Vaccination North-Western Provinces and Oudh 1896-1901 - 1896-1901
Year: 1896
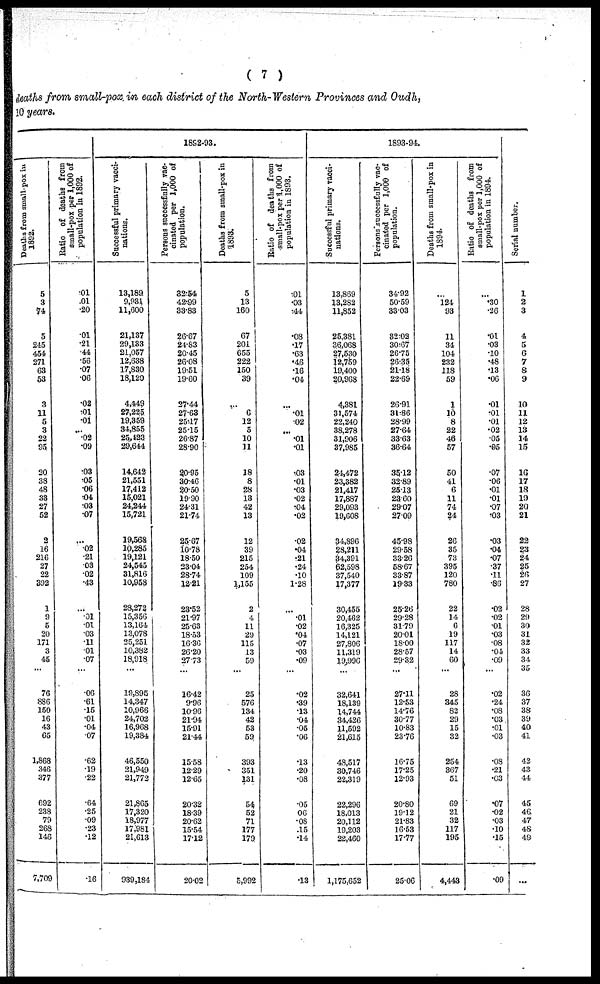
( 7 )
deaths from small-pox in each district of the North-Western Provinces and Oudh,
10 years.
1892-93.
Deaths from small-pox in
1892.
5
3
74
5
245
454
271
63
53
3
11
5
3
22
95
20
38
48
33
27
52
2
16
216
27
22
392
1
9
5
20
171
3
45
...
76
886
150
16
43
65
1,868
346
377
692
238
79
268
146
7,709
Ratio of deaths from
small-pox per 1,000 of
population in 1892.
.01
.01
.20
.01
.21
.44
.56
.07
.06
.02
.01
.01
...
.02
.09
.03
.05
.06
.04
.03
.07
...
.02
.21
.03
.02
.43
...
.01
.01
.03
.11
.01
.07
...
.06
.61
.15
.01
.04
.07
.62
.19
.22
.64
.25
.09
.23
.12
.16
Successful primary vacci-
nations.
13,189
9,931
11,600
21,137
29,133
21,057
12,638
17,830.
18,120
4,449
27,225
19,359
34,855
25, 423
29,644
14,642
21,551
17,412
15,021
24,244
15,721
19,568
10,285
19,121
24,545
31,816
10,958
28,272
15,356
13,164
13,078
25,251
10,382
18,918
...
19,895
14,347
10,966
24,702
16,968
19,384
46,550
21,949
21,772
21,865
17,320
18,977
17,981
21,613
939,184
Persons successfully vac-
cinated per 1,000 of
population.
32.54
42.99
33.83
26.67
24.83
20.45
26.08
19.51
19.60
27.44
27.63
25.17
25.15
26.87
28.90
20.95
30.46
20.50
19.90
24.31
21.74
25.67
10.78
18.50
23.04
28.74
12.21
23.52
21.97
25.63
18.53
16.36
26.20
27.73
...
16.42
9.96
10.96
21.94
15.91
21.44
15.58
12.29
12.65
20.32
18.39
20.62
15.54
17.12
20.02
Deaths from small-pox in
1893.
5
13
160
67
201
655
222
150
39
...
6
12
5
10
11
18
8
28
13
42
13
12
39
215
254
109
1,155
2
4
11
29
115
13
59
...
25
576
134
42
53
59
393
351
131
54
52
71
177
179
5,992
Ratio of deaths from
small-pox per 1,000 of
population in 1893.
.01
.03
.44
.08
.17
.63
.46
.16
.04
...
.01
.02
...
.01
.01
.03
.01
.03
.02
.04
.02
.02
.04
.21
.24
.10
1.28
...
.01
.02
.04
.07
.03
.09
...
.02
.39
.13
.04
.05
.06
.13
.20
.08
.05
.06
.08
.15
.14
.13
1893-94.
Successful primary vacci-
nations.
13,869
13,282
11,852
25,381
36,068
27,530
12,759
19,400
20,968
4,381
31,574
22,240
38,278
31,906
37,985
24,472
23,382
21,417
17,887
29,093
19,608
34,896
28,211
34,391
62,598
37,540
17,377
30,455
20,462
16,325
14,121
27,806
11,319
19,996
...
32,641
18,139
14,744
34,426
11,592
21,615
48,517
30,746
22,319
22,296
18,013
20,112
19,203
22,460
1,175,652
Persons successfully vac-
cinated per 1,000 of
population.
34.92
50.59
33.03
32.02
30.67
26.75
26.35
21.18
22.69
26.91
31.86
28.99
27.64
33.63
36.64
35.12
32.89
25.13
23.60
29.07
27.09
45.98
29.58
33.26
58.67
33.87
19.33
25.26
29.28
31.79
20.01
18.00
28.57
29.32
...
27.11
12.53
14.76
30.77
10.83
23.76
16.75
17.25
12.93
20.80
19.12
21.83
16.53
17.77
25.06
Deaths from small-pox in
1894.
...
l24
93
11
34
104
232
118
59
1
10
8
22
46
57
50
41
6
11
74
24
26
35
73
395
120
780
22
14
6
19
117
14
60
28
345
82
29
15
32
254
367
51
69
21
32
117
195
4,443
Ratio of deaths from
small-pox per 1,000 of
population in 1894.
...
.30
.26
.01
.03
.10
.48
.13
.06
.01
.01
.01
.02
.05
.05
.07
.06
.01
.01
.07
.03
.03
.04
.07
.37
.11
.86
.02
.02
.01
.03
.08
.04
.09
...
.02
.24
.08
.03
.01
.03
.08
.21
.03
.07
.02
.03
.10
.15
.09
Serial number.
1
2
3
4
5
6
7
8
9
10
11
12
13
14
15
16
17
18
19
20
21
22
23
24
25
26
27
28
29
30
31
32
33
34
35
36
37
38
39
40
41
42
43
44
45
46
47
48
49
...